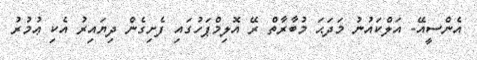
އެންސީއޭ- އަލްކައުނު މަދަޙަ މުބާރާތް ރޭ އޮލިމްޕަހުގައި ފެށިގެން ދިޔައިރު އެކި ޢުމުރު